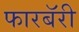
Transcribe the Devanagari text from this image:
फारबॅरी